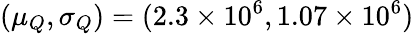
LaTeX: (\mu_{Q},\sigma_{Q})=(2.3\times 10^{6},1.07\times 10^{6})